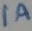
Text: 1A